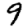
Digit: 9